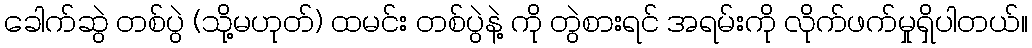
ခေါက်ဆွဲ တစ်ပွဲ (သို့မဟုတ်) ထမင်း တစ်ပွဲနဲ့ ကို တွဲစားရင် အရမ်းကို လိုက်ဖက်မှုရှိပါတယ်။